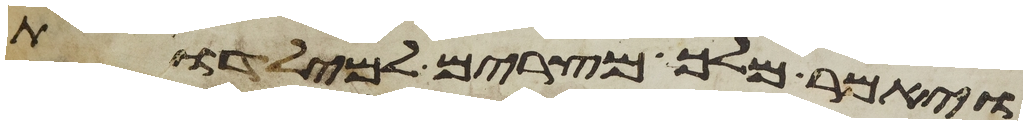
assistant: ויאמר מלך מצרים למילדות